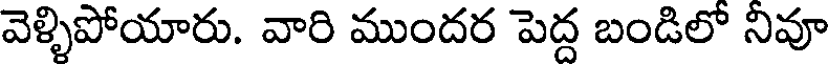
వెళ్ళిపోయారు. వారి ముందర పెద్ద బండిలో నివూ